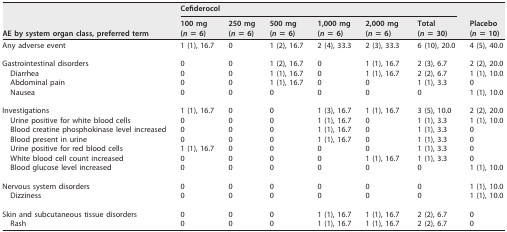
<table><thead><tr><td rowspan="2"><b>AE by system organ class, preferred term</b></td><td colspan="6"><b>Cefiderocol</b></td><td rowspan="2"><b>Placebo (<i>n</i> = 10)</b></td></tr><tr><td><b>100 mg (<i>n</i> = 6)</b></td><td><b>250 mg (<i>n</i> = 6)</b></td><td><b>500 mg (<i>n</i> = 6)</b></td><td><b>1,000 mg (<i>n</i> = 6)</b></td><td><b>2,000 mg (<i>n</i> = 6)</b></td><td><b>Total (<i>n</i> = 30)</b></td></tr></thead><tbody><tr><td>Any adverse event</td><td>1 (1), 16.7</td><td>0</td><td>1 (2), 16.7</td><td>2 (4), 33.3</td><td>2 (3), 33.3</td><td>6 (10), 20.0</td><td>4 (5), 40.0</td></tr><tr><td>Gastrointestinal disorders</td><td>0</td><td>0</td><td>1 (2), 16.7</td><td>0</td><td>1 (1), 16.7</td><td>2 (3), 6.7</td><td>2 (2), 20.0</td></tr><tr><td>Diarrhea</td><td>0</td><td>0</td><td>1 (1), 16.7</td><td>0</td><td>1 (1), 16.7</td><td>2 (2), 6.7</td><td>1 (1), 10.0</td></tr><tr><td>Abdominal pain</td><td>0</td><td>0</td><td>1 (1), 16.7</td><td>0</td><td>0</td><td>1 (1), 3.3</td><td>0</td></tr><tr><td>Nausea</td><td>0</td><td>0</td><td>0</td><td>0</td><td>0</td><td>0</td><td>1 (1), 10.0</td></tr><tr><td>Investigations</td><td>1 (1), 16.7</td><td>0</td><td>0</td><td>1 (3), 16.7</td><td>1 (1), 16.7</td><td>3 (5), 10.0</td><td>2 (2), 20.0</td></tr><tr><td>Urine positive for white blood cells</td><td>0</td><td>0</td><td>0</td><td>1 (1), 16.7</td><td>0</td><td>1 (1), 3.3</td><td>1 (1), 10.0</td></tr><tr><td>Blood creatine phosphokinase level increased</td><td>0</td><td>0</td><td>0</td><td>1 (1), 16.7</td><td>0</td><td>1 (1), 3.3</td><td>0</td></tr><tr><td>Blood present in urine</td><td>0</td><td>0</td><td>0</td><td>1 (1), 16.7</td><td>0</td><td>1 (1), 3.3</td><td>0</td></tr><tr><td>Urine positive for red blood cells</td><td>1 (1), 16.7</td><td>0</td><td>0</td><td>0</td><td>0</td><td>1 (1), 3.3</td><td>0</td></tr><tr><td>White blood cell count increased</td><td>0</td><td>0</td><td>0</td><td>0</td><td>1 (1), 16.7</td><td>1 (1), 3.3</td><td>0</td></tr><tr><td>Blood glucose level increased</td><td>0</td><td>0</td><td>0</td><td>0</td><td>0</td><td>0</td><td>1 (1), 10.0</td></tr><tr><td>Nervous system disorders</td><td>0</td><td>0</td><td>0</td><td>0</td><td>0</td><td>0</td><td>1 (1), 10.0</td></tr><tr><td>Dizziness</td><td>0</td><td>0</td><td>0</td><td>0</td><td>0</td><td>0</td><td>1 (1), 10.0</td></tr><tr><td>Skin and subcutaneous tissue disorders</td><td>0</td><td>0</td><td>0</td><td>1 (1), 16.7</td><td>1 (1), 16.7</td><td>2 (2), 6.7</td><td>0</td></tr><tr><td>Rash</td><td>0</td><td>0</td><td>0</td><td>1 (1), 16.7</td><td>1 (1), 16.7</td><td>2 (2), 6.7</td><td>0</td></tr></tbody></table>